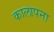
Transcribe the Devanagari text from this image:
कालापना